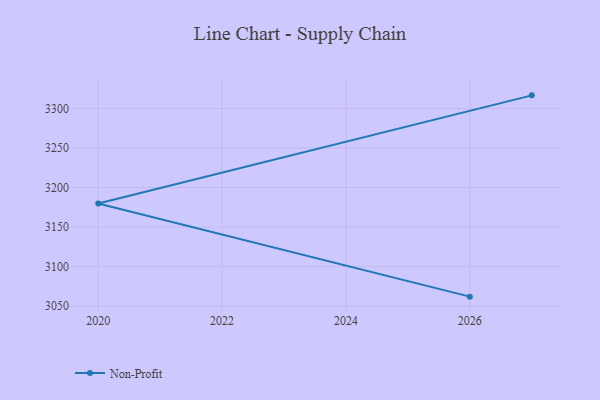
{"axis": {"x": "Year", "y": "Demand Index"}, "legend": ["Non-Profit"], "data": [{"x": "2027", "y": 3316.6, "type": "Non-Profit"}, {"x": "2020", "y": 3179.8, "type": "Non-Profit"}, {"x": "2026", "y": 3061.9, "type": "Non-Profit"}]}